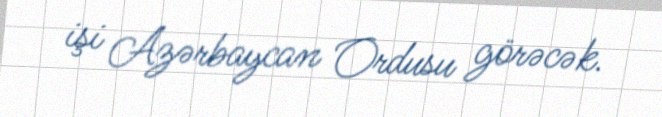
işi Azərbaycan Ordusu görəcək.